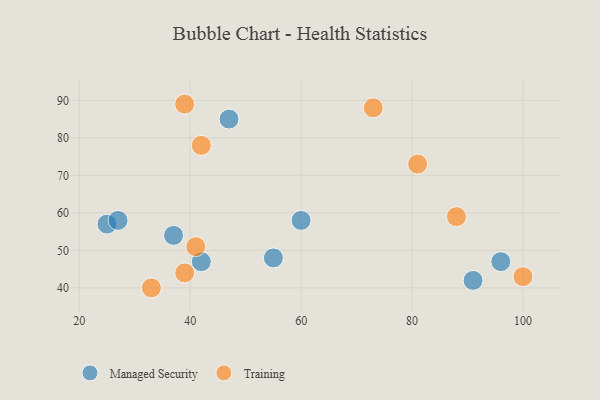
{"axis": {"x": "GDP", "y": "Life Expectancy"}, "legend": ["Managed Security", "Training"], "data": [{"x": "25", "y": 57, "type": "Managed Security"}, {"x": "47", "y": 85, "type": "Managed Security"}, {"x": "60", "y": 58, "type": "Managed Security"}, {"x": "96", "y": 47, "type": "Managed Security"}, {"x": "27", "y": 58, "type": "Managed Security"}, {"x": "37", "y": 54, "type": "Managed Security"}, {"x": "91", "y": 42, "type": "Managed Security"}, {"x": "55", "y": 48, "type": "Managed Security"}, {"x": "42", "y": 47, "type": "Managed Security"}, {"x": "39", "y": 89, "type": "Training"}, {"x": "81", "y": 73, "type": "Training"}, {"x": "73", "y": 88, "type": "Training"}, {"x": "42", "y": 78, "type": "Training"}, {"x": "100", "y": 43, "type": "Training"}, {"x": "33", "y": 40, "type": "Training"}, {"x": "39", "y": 44, "type": "Training"}, {"x": "41", "y": 51, "type": "Training"}, {"x": "88", "y": 59, "type": "Training"}]}